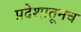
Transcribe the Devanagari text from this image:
प्रदेशातूनच